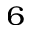
_ 6